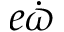
e \dot { \varpi }